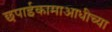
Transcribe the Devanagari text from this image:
छपाईकामाआधीच्या